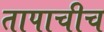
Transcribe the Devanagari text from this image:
तापाचीच